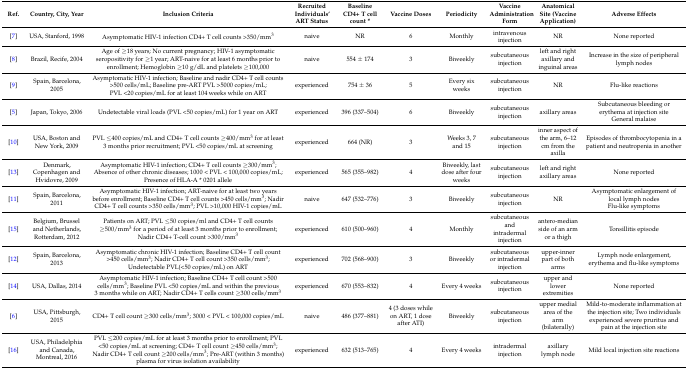
<table><thead><tr><td><b>Ref.</b></td><td><b>Country, City, Year</b></td><td><b>Inclusion Criteria</b></td><td><b>Recruited Individuals’ ART Status</b></td><td><b>Baseline CD4+ T cell count *</b></td><td><b>Vaccine Doses</b></td><td><b>Periodicity</b></td><td><b>Vaccine Administration Form</b></td><td><b>Anatomical Site (Vaccine Application)</b></td><td><b>Adverse Effects</b></td></tr></thead><tbody><tr><td>[7]</td><td>USA, Stanford, 1998</td><td>Asymptomatic HIV-1 infection CD4+ T cell counts &gt;350/mm<sup>3</sup></td><td>naive</td><td>NR</td><td>6</td><td>Monthly</td><td>intravenous injection</td><td>NR</td><td>None reported</td></tr><tr><td>[8]</td><td>Brazil, Recife, 2004</td><td>Age of ≥18 years; No current pregnancy; HIV-1 asymptomatic seropositivity for ≥1 year; ART-naive for at least 6 months prior to enrollment; Hemoglobin ≥10 g/dL and platelets ≥100,000</td><td>naive</td><td>554 ± 174</td><td>3</td><td>Biweekly</td><td>subcutaneous injection</td><td>left and right axillary and inguinal areas</td><td>Increase in the size of peripheral lymph nodes</td></tr><tr><td>[9]</td><td>Spain, Barcelona, 2005</td><td>Asymptomatic HIV-1 infection; Baseline and nadir CD4+ T cell counts &gt;500 cells/mL; Baseline pre-ART PVL &gt;5000 copies/mL; PVL &lt;20 copies/mL for at least 104 weeks while on ART</td><td>experienced</td><td>754 ± 36</td><td>5</td><td>Every six weeks</td><td>subcutaneous injection</td><td>NR</td><td>Flu-like reactions</td></tr><tr><td>[5]</td><td>Japan, Tokyo, 2006</td><td>Undetectable viral loads (PVL &lt;50 copies/mL) for 1 year on ART</td><td>experienced</td><td>396 (337–504)</td><td>6</td><td>Biweekly</td><td>subcutaneous injection</td><td>axillary areas</td><td>Subcutaneous bleeding or erythema at injection site General malaise</td></tr><tr><td>[10]</td><td>USA, Boston and New York, 2009</td><td>PVL ≤400 copies/mL and CD4+ T cell counts ≥400/mm<sup>3</sup> for at least 3 months prior recruitment; PVL &lt;50 copies/mL at screening</td><td>experienced</td><td>664 (NR)</td><td>3</td><td>Weeks 3, 7 and 15</td><td>subcutaneous injection</td><td>inner aspect of the arm, 6–12 cm from the axilla</td><td>Episodes of thrombocytopenia in a patient and neutropenia in another</td></tr><tr><td>[13]</td><td>Denmark, Copenhagen and Hvidovre, 2009</td><td>Asymptomatic HIV-1 infection; CD4+ T cell counts ≥300/mm<sup>3</sup>; Absence of other chronic diseases; 1000 &lt; PVL &lt; 100,000 copies/mL; Presence of HLA-A * 0201 allele</td><td>experienced</td><td>565 (355–982)</td><td>4</td><td>Biweekly, last dose after four weeks</td><td>subcutaneous injection</td><td>left and right axillary areas</td><td>None reported</td></tr><tr><td>[11]</td><td>Spain, Barcelona, 2011</td><td>Asymptomatic HIV-1 infection; ART-naive for at least two years before enrollment; Baseline CD4+ T cell counts &gt;450 cells/mm<sup>3</sup>; Nadir CD4+ T cell counts &gt;350 cells/mm<sup>3</sup>; PVL &gt;10,000 HIV-1 copies/mL</td><td>naive</td><td>647 (532–776)</td><td>3</td><td>Biweekly</td><td>subcutaneous injection</td><td>NR</td><td>Asymptomatic enlargement of local lymph nodes Flu-like symptoms</td></tr><tr><td>[15]</td><td>Belgium, Brussel and Netherlands, Rotterdam, 2012</td><td>Patients on ART; PVL ≤50 copies/ml and CD4+ T cell counts ≥500/mm<sup>3</sup> for a period of at least 3 months prior to enrollment; Nadir CD4+ T-cell count &gt;300/mm<sup>3</sup></td><td>experienced</td><td>610 (500–960)</td><td>4</td><td>Monthly</td><td>subcutaneous and intradermal injection</td><td>antero-median side of an arm or a thigh</td><td>Tonsillitis episode</td></tr><tr><td>[12]</td><td>Spain, Barcelona, 2013</td><td>Asymptomatic chronic HIV-1 infection; Baseline CD4+ T cell count &gt;450 cells/mm<sup>3</sup>; Nadir CD4+ T cell count &gt;350 cells/mm<sup>3</sup>; Undetectable PVL(&lt;50 copies/mL) on ART</td><td>experienced</td><td>702 (568–900)</td><td>3</td><td>Biweekly</td><td>subcutaneous or intradermal injection</td><td>upper-inner part of both arms</td><td>Lymph node enlargement, erythema and flu-like symptoms</td></tr><tr><td>[14]</td><td>USA, Dallas, 2014</td><td>Asymptomatic HIV-1 infection; Baseline CD4+ T cell count &gt;500 cells/mm<sup>3</sup>; Baseline PVL &lt;50 copies/mL and within the previous 3 months while on ART; Nadir CD4+ T cells count ≥300 cells/mm<sup>3</sup></td><td>experienced</td><td>670 (553–832)</td><td>4</td><td>Every 4 weeks</td><td>subcutaneous injection</td><td>upper and lower extremities</td><td>None reported</td></tr><tr><td>[6]</td><td>USA, Pittsburgh, 2015</td><td>CD4+ T cell count ≥300 cells/mm<sup>3</sup>; 3000 &lt; PVL &lt; 100,000 copies/mL</td><td>naive</td><td>486 (377–881)</td><td>4 (3 doses while on ART, 1 dose after ATI)</td><td>Biweekly</td><td>subcutaneous injection</td><td>upper medial area of the arm (bilaterally)</td><td>Mild-to-moderate inflammation at the injection site; Two individuals experienced severe pruritus and pain at the injection site</td></tr><tr><td>[16]</td><td>USA, Philadelphia and Canada, Montreal, 2016</td><td>PVL ≤200 copies/mL for at least 3 months prior to enrollment; PVL &lt;50 copies/mL at screening; CD4+ T cell count ≥450 cells/mm<sup>3</sup>; Nadir CD4+ T cell count ≥200 cells/mm<sup>3</sup>; Pre-ART (within 3 months) plasma for virus isolation availability</td><td>experienced</td><td>632 (513–765)</td><td>4</td><td>Every 4 weeks</td><td>intradermal injection</td><td>axillary lymph node</td><td>Mild local injection site reactions</td></tr></tbody></table>